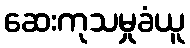
ဆေးကုသမှုခံယူ